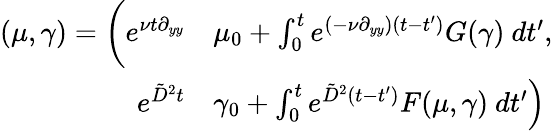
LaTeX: \begin{array}{rl}{(\mu,\gamma)=\bigg(e^{\nu t\partial_{yy}}}&{\mu_{0}+\int_{0}^{t}e^{(-\nu\partial_{yy})(t-t^{\prime})}G(\gamma)\ dt^{\prime},}\\ {e^{\tilde{D}^{2}t}}&{\left.\gamma_{0}+\int_{0}^{t}e^{\tilde{D}^{2}(t-t^{\prime})}F(\mu,\gamma)\ dt^{\prime}\right)}\end{array}